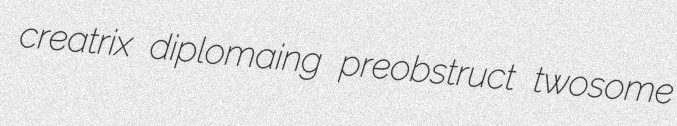
creatrix diplomaing preobstruct twosome